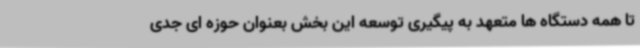
تا همه دستگاه ها متعهد به پیگیری توسعه این بخش بعنوان حوزه ای جدی